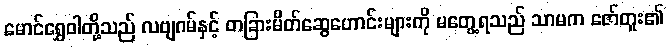
မောင်ရွှေဝါတို့သည် လဗျဂမ်နှင့် တခြားမိတ်ဆွေဟောင်းများကို မတွေ့ရသည် သာမက ဇော်တူး၏